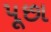
પૂછા